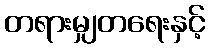
တရားမျှတရေးနှင့်